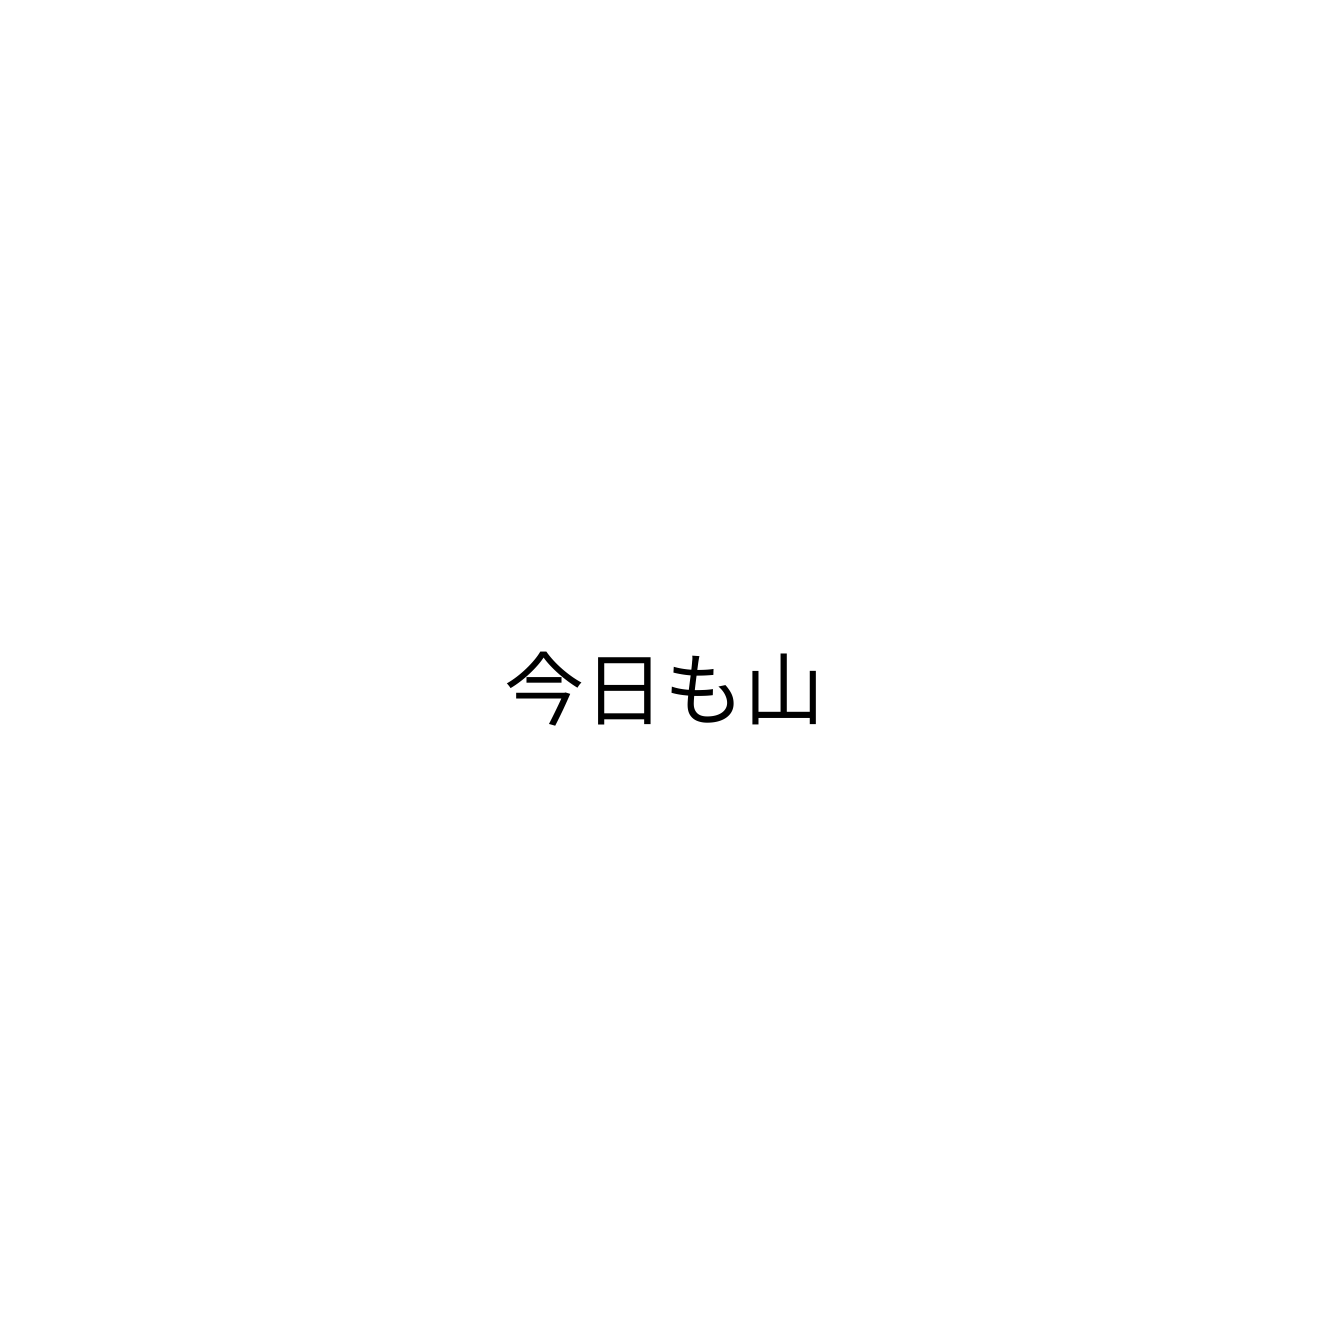
今日も山